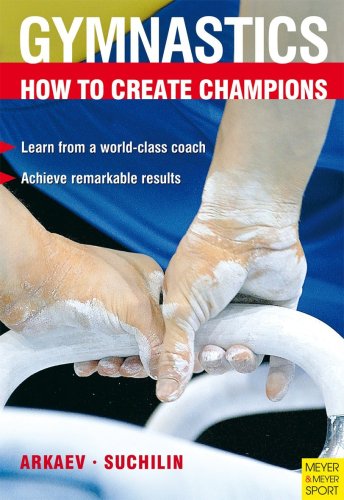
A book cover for How to Create Champions: The Theory and Methodology of Training Top-Class Gymnasts (Gymnastics); L. I. Arkaev; Sports & Outdoors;